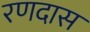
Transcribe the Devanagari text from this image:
रणदास